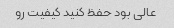
عالی بود حفظ کنید کیفیت رو